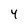
Character: 4